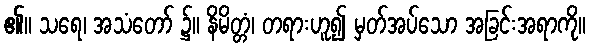
၏။ သရေ၊ အသံတော် ၌။ နိမိတ္တံ၊ တရားဟူ၍ မှတ်အပ်သော အခြင်းအရာကို။